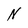
Character: N